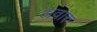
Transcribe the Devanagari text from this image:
अवारु